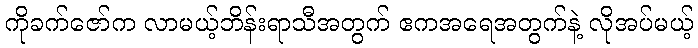
ကိုခက်ဇော်က လာမယ့်ဘိန်းရာသီအတွက် ဧကအရေအတွက်နဲ့ လိုအပ်မယ့်